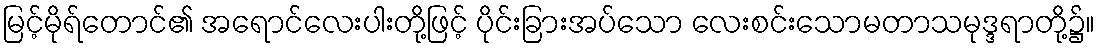
မြင့်မိုရ်တောင်၏ အရောင်လေးပါးတို့ဖြင့် ပိုင်းခြားအပ်သော လေးစင်းသောမတာသမုဒ္ဒရာတို့၌။